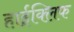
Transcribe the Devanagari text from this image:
हाईक्लिफ